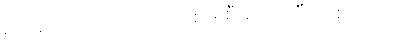
ဥပဒေ ကျောင်းတက်စေဖို့ စီမံထားပြီး ဖြစ်ပါသည်။